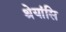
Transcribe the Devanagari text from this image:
श्रेयांसि